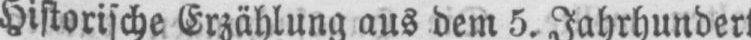
Historische Erzählung aus dem 5. Jahrhundert